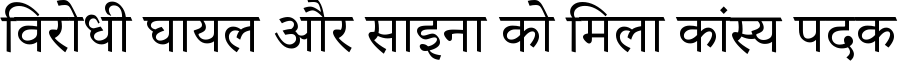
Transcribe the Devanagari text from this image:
विरोधी घायल और साइना को मिला कांस्य पदक